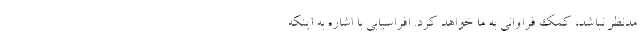
مدنظر نباشد، کمک فراوانی به ما خواهد کرد. افراسیابی با اشاره به اینکه